Annual statistical returns and brief notes on vaccination in Bengal - 1896-1909
Year: 1896
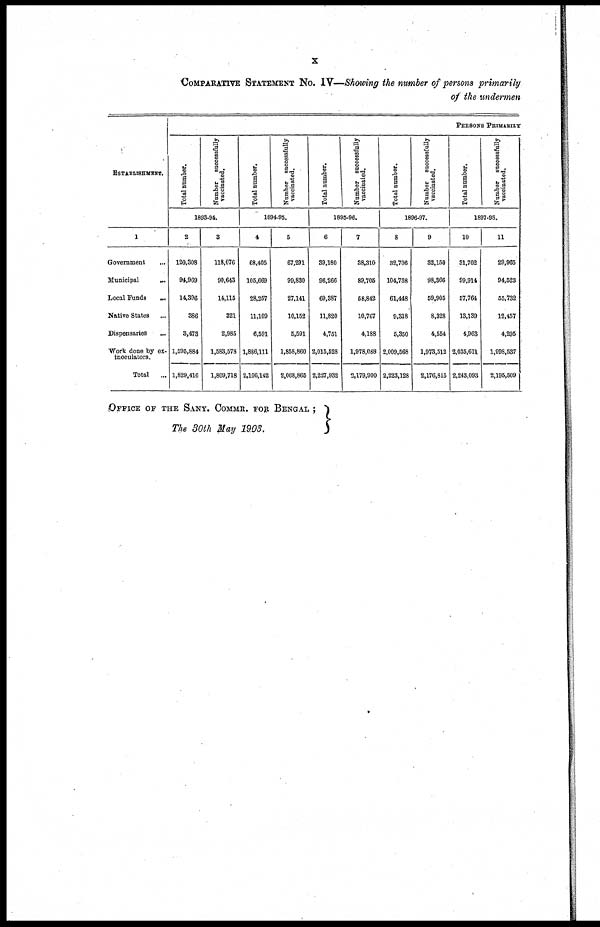
x
COMPARATIVE STATEMENT NO. IV—Showing the number of persons primarily
of the undermen
ESTABLISHMENT.
1
Government... ...
Municipal...
Local
Funds...
Native States...
Dispensaries...
Work done by ex-
inoculators.
Total...
PERSONS PRIMARILY
Total number.
Number successfully
vaccinated.
1893-94.
2
120,308
94,969
14,396
386
3,473
1,595,884
1,829,416
3
118,076
90,643
14,115
321
2,985
1,583,578
1,809,718
Total number.
Number successfully
vaccinated.
1894-45.
4
68,405
105,669
28,257
11,109
6,591
1,886,111
2,106,142
5
67,291
99,830
27,141
10,152
5,591
1,858,860
2,068,865
Total number.
Number successfully
vaccinated.
1895-96.
6
39,180
96,266
69,387
11,820
4,751
2,015,528
2,227,932
7
38,310
89,705
58,842
10,767
4,188
1,978,088
2,179,900
Total number.
Number successfully
vaccinated.
1896-97.
8
32,706
104,738
61,448
9,318
5,350
2,009,568
2,223,128
9
32,150
98,366
59,905
8,328
4,554
1,973,512
2,176,815
Total number.
Number successfully
vaccinated.
1897-98.
10
31,702
99,914
57,764
13,139
4,963
2,035,611
2,243,093
11
29,965
94,523
55,732
12,457
4,295
1,998,537
2,195,509
OFFICE OF THE SANY. COMMR. FOR BENGAL ;
The 30th May 1903.